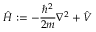
{ \hat { H } } : = - { \frac { \hbar ^ { 2 } } { 2 m } } \nabla ^ { 2 } + { \hat { V } }